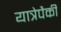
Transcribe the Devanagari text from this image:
यात्रेपैकी